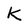
Character: k